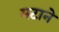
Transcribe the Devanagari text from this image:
मटाने